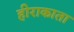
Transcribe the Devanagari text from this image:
हीराकाता